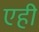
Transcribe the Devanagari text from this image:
एही